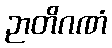
ဉာတိဂဏံ